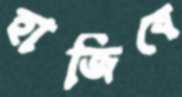
হাজিবে